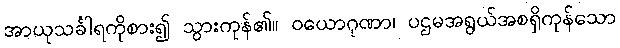
အာယုသင်္ခါရကိုစား၍ သွားကုန်၏။ ဝယောဂုဏာ၊ ပဌမအရွယ်အစရှိကုန်သော